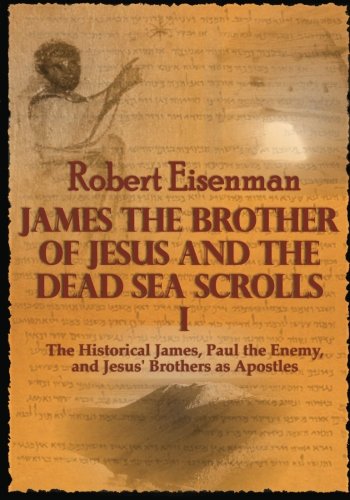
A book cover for James the Brother of Jesus and the Dead Sea Scrolls I: The Historical James, Paul the Enemy, and Jesus' Brothers as Apostles; Robert Eisenman; Christian Books & Bibles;